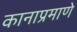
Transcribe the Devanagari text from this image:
कानाप्रमाणे